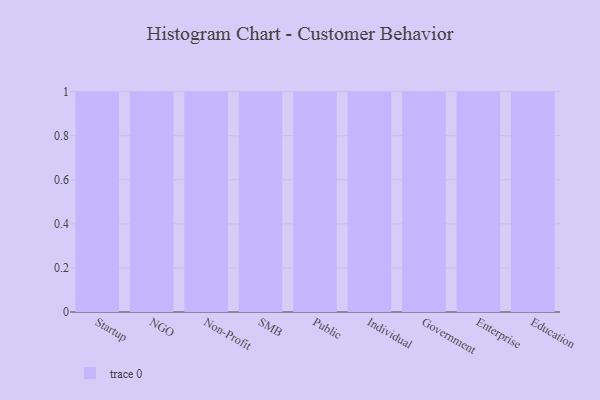
{"axis": {"x": "Segment", "y": "Page Views"}, "legend": [""], "data": [{"x": "Startup", "y": 2, "type": ""}, {"x": "NGO", "y": 44, "type": ""}, {"x": "Non-Profit", "y": 88, "type": ""}, {"x": "SMB", "y": 3, "type": ""}, {"x": "Public", "y": 83, "type": ""}, {"x": "Individual", "y": 64, "type": ""}, {"x": "Government", "y": 50, "type": ""}, {"x": "Enterprise", "y": 81, "type": ""}, {"x": "Education", "y": 62, "type": ""}]}